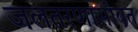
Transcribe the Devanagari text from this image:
जलतरणासोबत